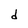
Character: d